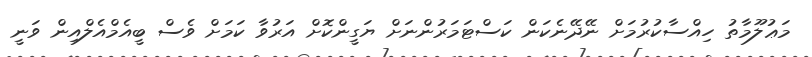
މަޢުލޫމާތު ހިއްސާކުރުމަށް ނޭދޭނެކަން ކަސްޓަމަރުންނަށް ޔަގީންކޮށް އަރުވާ ކަމަށް ވެސް ބީއެމްއެލްއިން ވަނީ